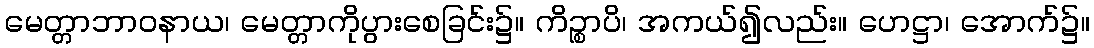
မေတ္တာဘာဝနာယ၊ မေတ္တာကိုပွားစေခြင်း၌။ ကိဉ္စာပိ၊ အကယ်၍လည်း။ ဟေဋ္ဌာ၊ အောက်၌။